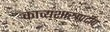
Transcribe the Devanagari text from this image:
काव्यशास्त्रप्रदीप